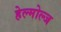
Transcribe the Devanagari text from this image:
हेल्मोल्ज